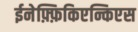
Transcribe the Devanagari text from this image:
ईनेफ़्फ़िकिएन्किएस